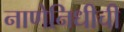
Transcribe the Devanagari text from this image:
नाणेनिधीची